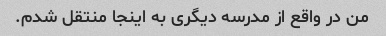
من در واقع از مدرسه دیگری به اینجا منتقل شدم.